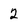
Character: 2